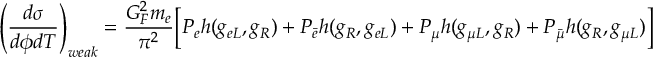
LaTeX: \left( \frac { d \sigma } { d \phi d T } \right) _ { w e a k } = \frac { G _ { F } ^ { 2 } m _ { e } } { \pi ^ { 2 } } \Bigl [ P _ { e } h ( g _ { e L } , g _ { R } ) + P _ { \bar { e } } h ( g _ { R } , g _ { e L } ) + P _ { \mu } h ( g _ { \mu L } , g _ { R } ) + P _ { \bar { \mu } } h ( g _ { R } , g _ { \mu L } ) \Bigr ]